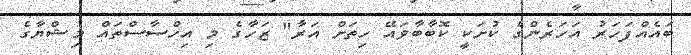
ބައެއްފަހަރު އަހަރެންގެ ކުށަކީ ކޮބާބާވައޭ ހިތަށް އަރާ" ޒަހާގެ މި އިހްސާސްތައް މިޝްޔާގެ